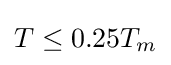
T\leq 0.25T_{m}